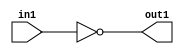
`timescale 1ns / 1ps
//////////////////////////////////////////////////////////////////////////////////
// Company: 
// Engineer: 
// 
// Design Name: 
// Module Name:    Not_1bit 
// Project Name: 
// Target Devices: 
// Tool versions: 
// Description: 
//
// Dependencies: 
//
// Revision: 
// Revision 0.01 - File Created
// Additional Comments: 
//
//////////////////////////////////////////////////////////////////////////////////
module Not_1bit(out1, in1);
input in1;
output out1;

not not1(out1, in1);


endmodule